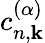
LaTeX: c_{n,\mathbf{k}}^{(\alpha)}